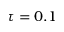
\tau = 0 . 1